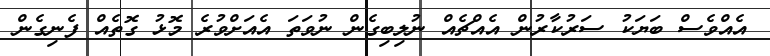
އެއްވެސް ބަޔަކު ސަރުކާރުން އެއްޗެއް ނުލިބިގެން ނުވަތަ އެއަށްވުރެ މޮޅު ގޮތެއް ފެނިގެން